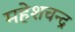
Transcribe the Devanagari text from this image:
महेशचन्द्र